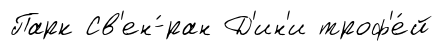
Парк Св'ен-́ран Д'ин'и троф'е́й